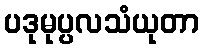
ပဒုမုပ္ပလသံယုတာ